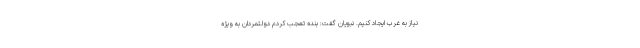
نیاز به غرب ایجاد کنیم. نبویان گفت: بنده تعجب کردم دولتمردان به ویژه